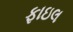
ફાઇલ